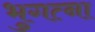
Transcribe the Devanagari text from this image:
भुगत्ना